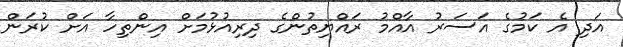
އަދި އެ ކަމުގެ އަސަރު އާއްމު ރައްޔިތުންގެ ދިރިއުޅުމަށް އިންތިހާ އަށް ކުރަން